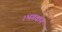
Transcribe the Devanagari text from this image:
।भगवान